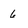
Character: 6